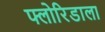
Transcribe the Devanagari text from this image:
फ्लोरिडाला